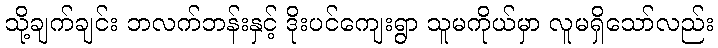
သို့ချက်ချင်း ဘလက်ဘန်းနှင့် ဒိုးပင်ကျေးရွာ သူမကိုယ်မှာ လူမရှိသော်လည်း